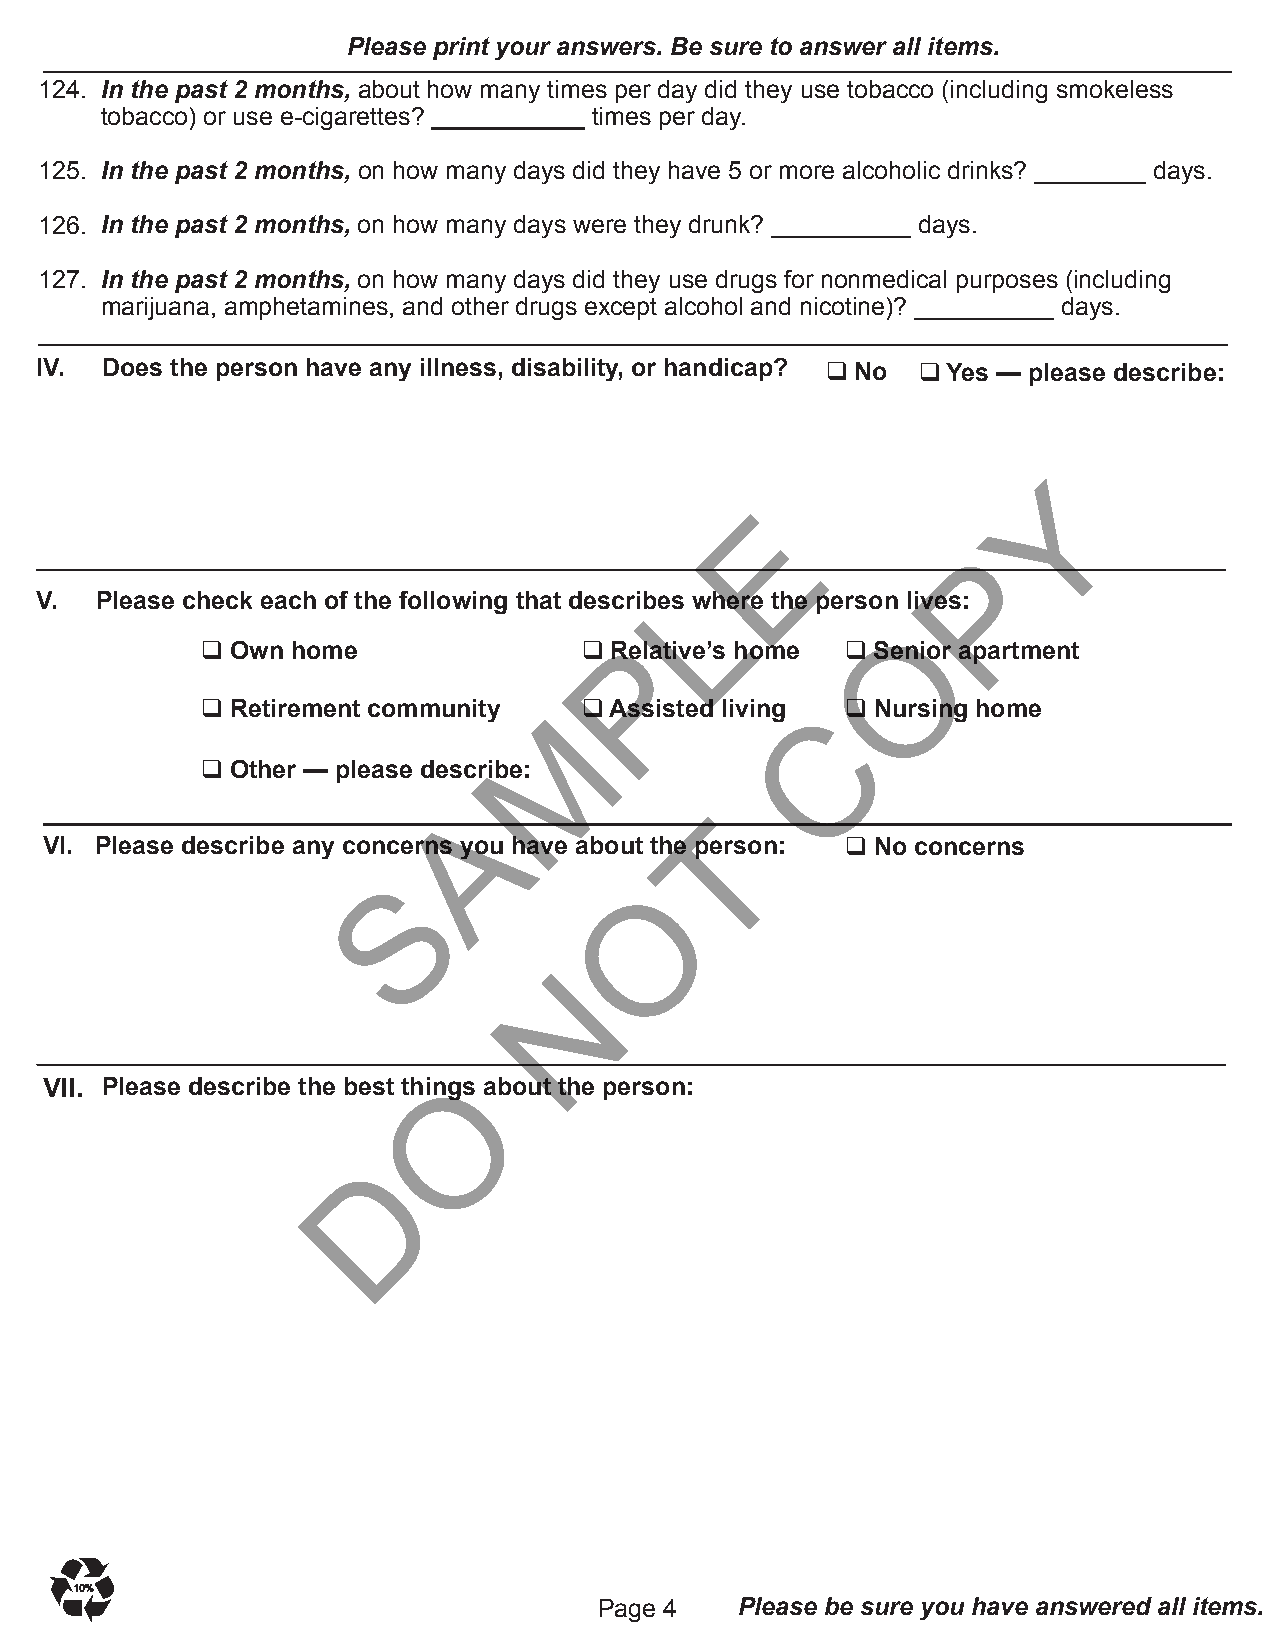
Please print your answers. Be sure to answer all items.
 124. In the past 2 months, about how many times per day did they use tobacco (including smokeless
 tobacco) or use e-cigarettes? ___________ times per day.
 125. In the past 2 months, on how many days did they have 5 or more alcoholic drinks? ________ days.
 126. In the past 2 months, on how many days were they drunk? __________ days.
 127. In the past 2 months, on how many days did they use drugs for nonmedical purposes (including
 marijuana, amphetamines, and other drugs except alcohol and nicotine)? __________ days.
 IV.  Does the person have any illness, disability, or handicap? q No q Yes — please describe:
 Y
 E
 P
 L
 V.  Please check each of the following that describes where the person lives:
 O
 P
 q Own home                q Relative’s home q Senior apartment
 q Retirement community M  q Assisted living Cq Nursing home
 q Other — please describe:
 A
 T
 VI. Please describe any concerns you have about the person: q No concerns
 S
 O
 N
 O
 VII. Please describe the best things about the person:
 D
 1100%%
 Page 4   Please be sure you have answered all items.